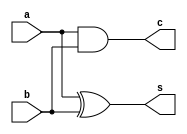
module halfadder(a,b,s,c);
    input a,b;
    output s,c;
    xor(s,a,b);
    and(c,a,b);
endmodule
module fulladder(a,b,cin,s,cout);
    input a,b,cin;
    output s,cout;
    wire w1,w2,w3;
    halfadder h1(a,b,w1,w2);
    halfadder h2(cin,w1,s,w3);
    or(cout,w2,w3);
    
endmodule

module nbitadder(a,b,s);
parameter n=32;
input [n-1:0] a;
input [n-1:0]b;
output [n-1:0] s;
wire [n-1:0] c;
genvar i;
generate
    for (i = 0 ;i<n ;i=i+1 ) 
        begin
        if (i==0) begin
            halfadder f(a[0],b[0],s[0],c[0]);
        end
        else begin
            fulladder f(a[i],b[i],c[i-1],s[i],c[i]);
        end
        end
    
endgenerate
endmodule